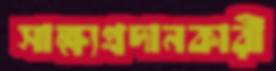
সাক্ষ্যপ্রদানকারী